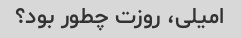
امیلی، روزت چطور بود؟